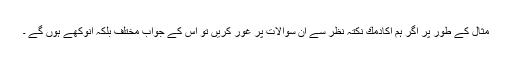
مثال كے طور پر اگر ہم اكادمك نكتہِ نظر سے ان سوالات پر غور كریں تو اس كے جواب مختلف بلكہ انوكھے ہوں گے ۔